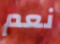
نعم